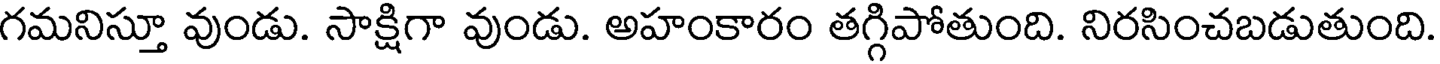
గమనిస్తూ వుండు. సాక్షిగా వుండు. అహంకారం తగ్గిపోతుంది. నిరసించబడుతుంది